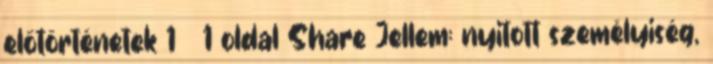
előtörténetek 1 1 oldal Share Jellem: nyitott személyiség,